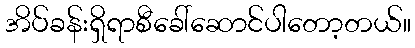
အိပ်ခန်းရှိရာစီခေါ်ဆောင်ပါတော့တယ်။